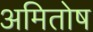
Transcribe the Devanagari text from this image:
अमितोष